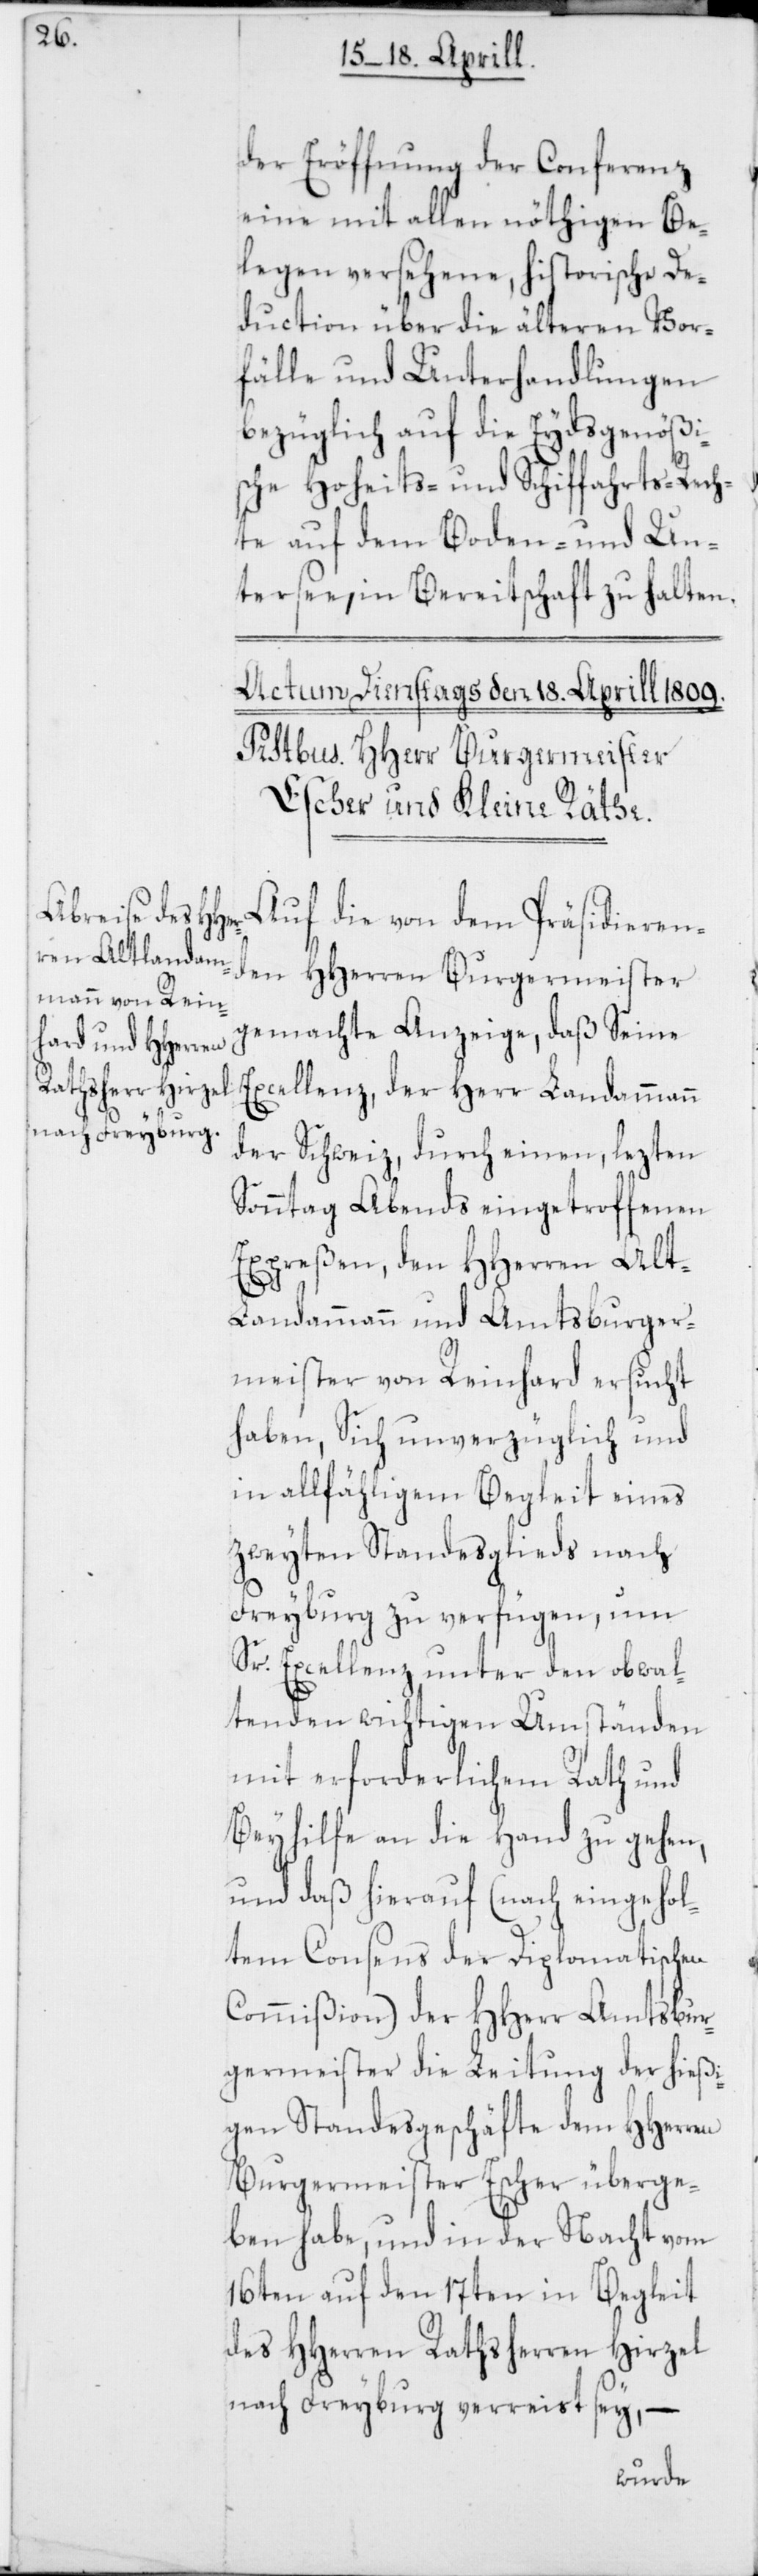
der Eröffnung der Conferenz
eine mit allen nöthigen Be¬
legen versehene, historische De¬
duction über die älteren Vor¬
fälle und Unterhandlungen
bezüglich auf die Eydsgenößi¬
sche Hoheits- und Schiffahrts-Rech¬
te auf dem Boden- und Un¬
tersee, in Bereitschaft zu halten.
Auf die von dem präsidieren¬
den HHerren Burgermeister
gemachte Anzeige, daß Seine
Excellenz, der Herr Landammann
der Schweiz, durch einen, lezten
Sonntag Abends eingetroffenen
Expreßen, den HHerren Al¬
t-Landammann und Amtsburger¬
meister von Reinhard ersucht
haben, Sich unverzüglich und
in allfähligem Begleit eines
zweyten Standesglieds nach
Freyburg zu verfügen, um
Sr. Excellenz unter den obwal¬
tenden wichtigen Umständen
mit erforderlichem Rath und
Beyhilfe an die Hand zu gehen,
und daß hierauf (nach eingehol¬
tem Consens der Diplomatischen
Commißion) der HHerr Amtsbur¬
germeister die Leitung der hießi¬
gen Standesgeschäfte dem HHerren
Burgermeister Escher überge¬
ben habe, und in der Nacht vom
16ten auf den 17ten in Begleit
des HHerren Rathsherren Hirzel
nach Freyburg verreist sey, –